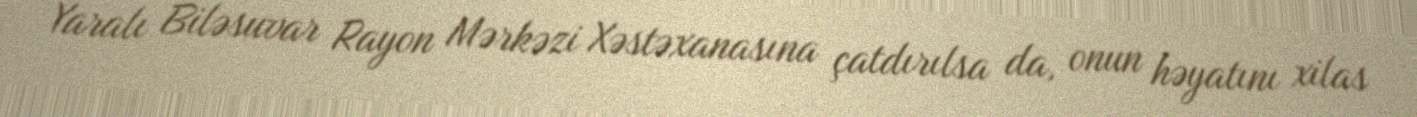
Yaralı Biləsuvar Rayon Mərkəzi Xəstəxanasına çatdırılsa da, onun həyatını xilas